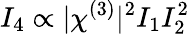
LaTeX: I_{4}\propto|\chi^{(3)}|^{2}I_{1}I_{2}^{2}